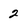
Character: 2